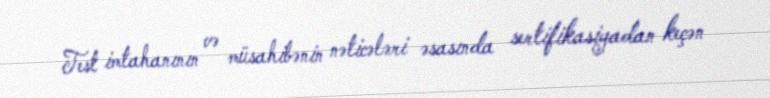
Test imtahanının və müsahibənin nəticələri əsasında sertifikasiyadan keçən